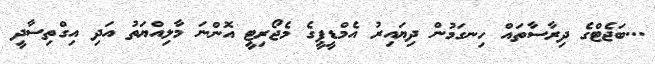
...ބަޖެޓްގެ ދިރާސާތައް ހިނގަމުން ދިޔައިރު އެމްޑީޕީގެ މެޖޯރިޓީ އޮންނަ މާލިއްޔަތު އަދި އިގްތިސާދީ